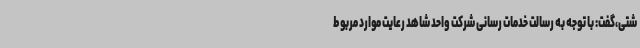
شتی،گفت: با توجه به رسالت خدمات رسانی شرکت واحد شاهد رعایت موارد مربوط